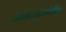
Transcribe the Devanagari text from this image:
आंतरजालसंबंधित